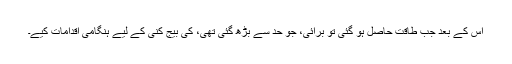
اس کے بعد جب طاقت حاصل ہو گئی تو برائی، جو حد سے بڑھ گئی تھی، کی بیج کنی کے لیے ہنگامی اقدامات کیے۔